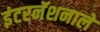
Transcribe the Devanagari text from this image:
इंटरनॅशनाले